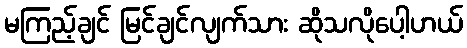
မကြည့်ချင် မြင်ချင်လျက်သား ဆိုသလိုပေါ့ဟယ်